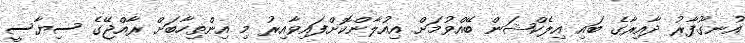
އުނގޫފާރު ދާއިރާގެ ބައި އިލެކްޝަން ބޭއްވުމަށް އިއުލާންކޮށްފައިވާއިރު މި އިންތިހާބަށް ރާއްޖޭގެ ސިޔާސީ